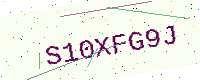
Text: S10XFG9J